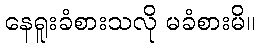
နေရူးခံစားသလို မခံစားမိ။